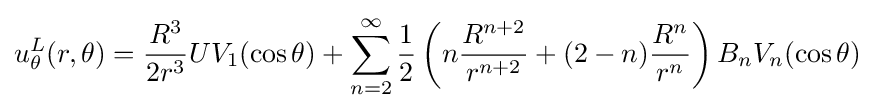
u_{\theta }^{L}(r,\theta )={\frac {R^{3}}{2r^{3}}}UV_{1}(\cos \theta )+\sum _{n=2}^{\infty }{\frac {1}{2}}\left(n{\frac {R^{n+2}}{r^{n+2}}}+(2-n){\frac {R^{n}}{r^{n}}}\right)B_{n}V_{n}(\cos \theta )\;